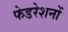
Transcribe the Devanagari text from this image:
फेडरेशनों